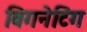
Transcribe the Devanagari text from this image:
विगनेटिंग